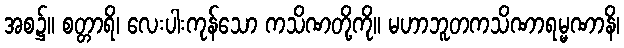
အစ၌။ စတ္တာရိ၊ လေးပါးကုန်သော ကသိဏတို့ကို။ မဟာဘူတကသိဏာရမ္မဏာနိ၊